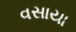
વસાયા